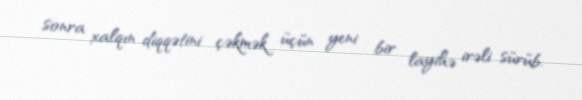
sonra xalqın diqqətini çəkmək üçün yeni bir layihə irəli sürüb.